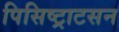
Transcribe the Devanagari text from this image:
पिसिष्ट्राटसन